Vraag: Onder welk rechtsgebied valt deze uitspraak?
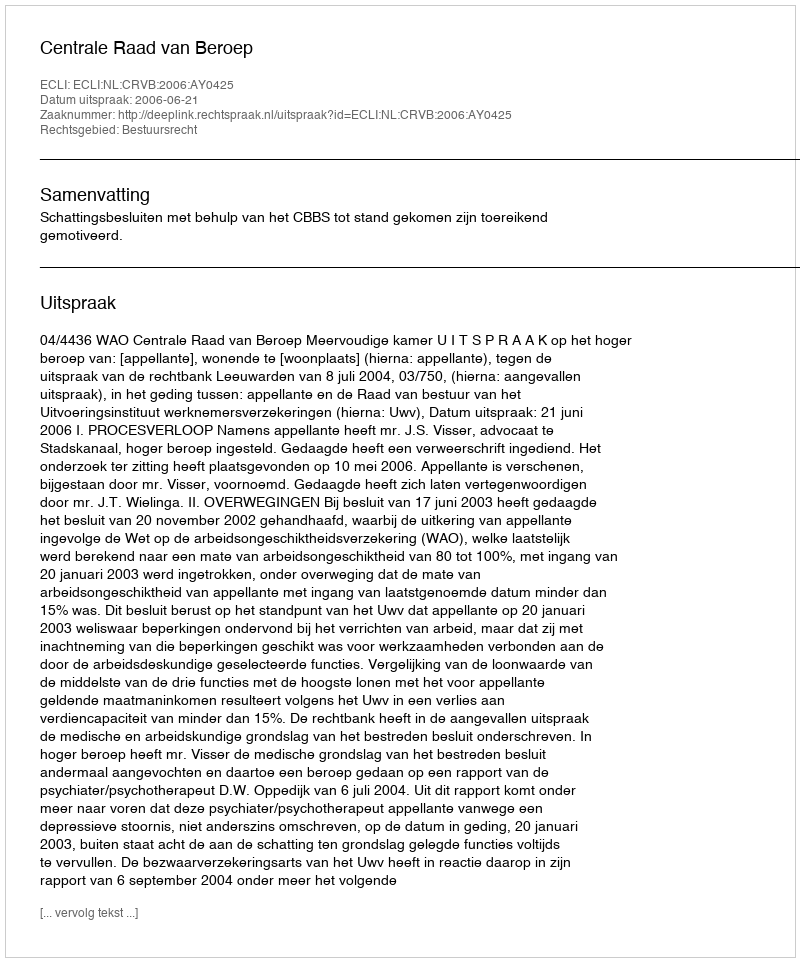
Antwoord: Bestuursrecht